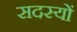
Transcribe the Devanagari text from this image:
सदस्याें